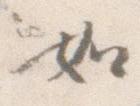
如